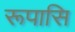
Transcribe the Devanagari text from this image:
रूपासि